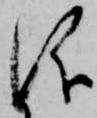
儀